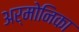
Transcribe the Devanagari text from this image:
अर्मोनिका